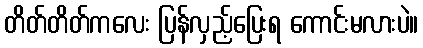
တိတ်တိတ်ကလေး ပြန်လှည့်ပြေးရ ကောင်းမလားပဲ။